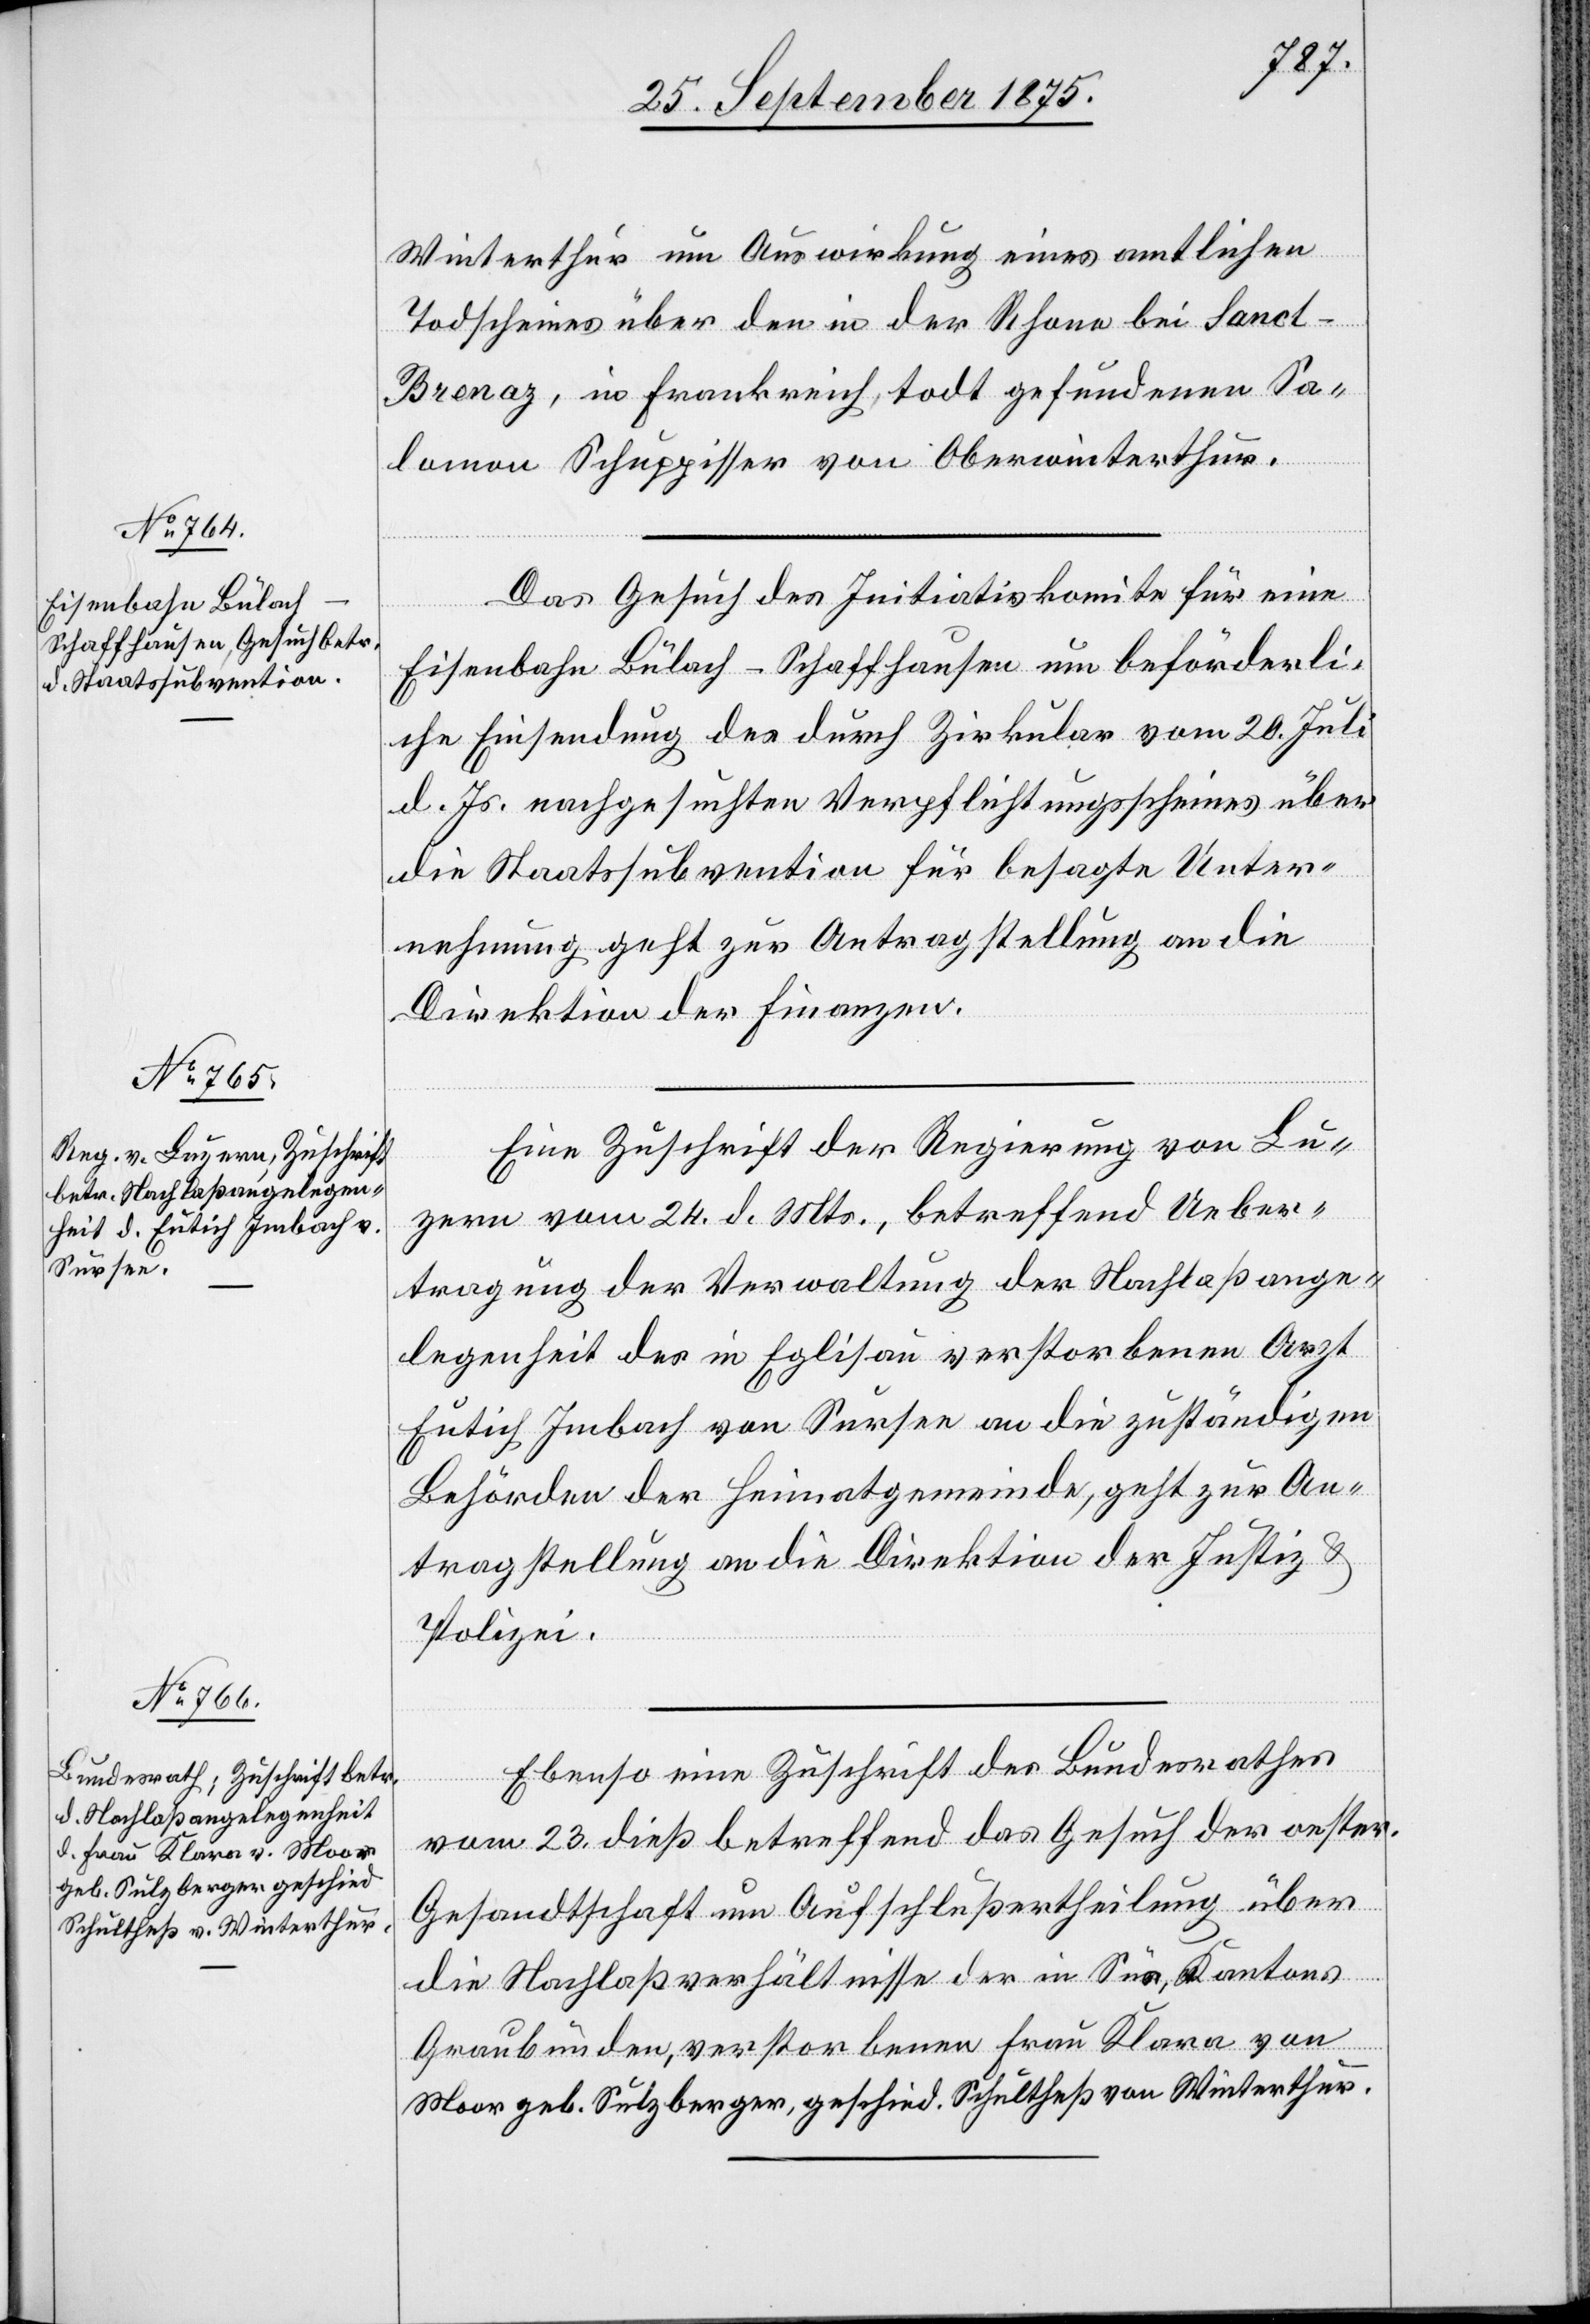
27. September 1875.]
Winterthur um Auswirkung eines amtlichen
Todscheines über den in der Rhone bei Sanct-B¬
renaz, in Frankreich, todt gefundenen Sa¬
lomon Schuppisser von Oberwinterthur.
Das Gesuch des Initiativkomite für eine
Eisenbahn Bülach–Schaffhausen um beförderli¬
che Einsendung des durch Zirkular vom 20. Juli
d. Js. nachgesuchten Verpflichtungsscheines über
die Staatssubvention für besagte Unter¬
fügungen.
nehmung geht zur Antragstellung an die
Direktion der Finanzen.
Eine Zuschrift der Regierung von Lu¬
zern vom 24. d. Mts., betreffend Ueber¬
tragung der Verwaltung der Nachlaßange¬
legenheit des in Eglisau verstorbenen Arzt
Eutich Imbach von Sursee an die zuständigen
Behörden der Heimatgemeinde, geht zur An¬
tragstellung an die Direktion der Justiz &
Polizei.
Ebenso eine Zuschrift des Bundesrathes
[Präsidial-Ver¬
vom 23. dieß betreffend das Gesuch der oester.
Gesandtschaft um Aufschlußertheilung über
die Nachlaßverhältnisse der in Sur, Kantons
Graubünden, verstorbenen Frau Klara von
Moor geb. Sulzberger, geschied. Schultheß von Winterthur.